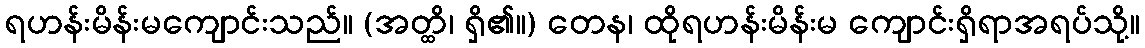
ရဟန်းမိန်းမကျောင်းသည်။ (အတ္ထိ၊ ရှိ၏။) တေန၊ ထိုရဟန်းမိန်းမ ကျောင်းရှိရာအရပ်သို့။